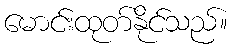
မောင်းထုတ်နိုင်သည်။